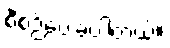
စီစဉ်ပေးခဲ့ပါတယ်။